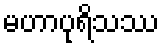
မဟာပုရိသဿ